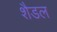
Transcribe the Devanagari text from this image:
शैडल